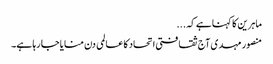
ماہرین کا کہنا ہے کہ ...
منصور مہدی آج ثقافتی اتحاد کا عالمی دن منایا جا رہا ہے۔